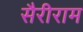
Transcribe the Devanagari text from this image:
सैरीराम